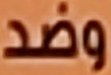
وضد